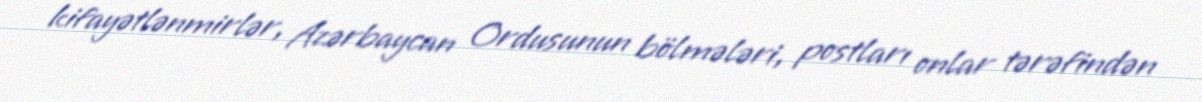
kifayətlənmirlər, Azərbaycan Ordusunun bölmələri, postları onlar tərəfindən